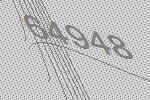
64948